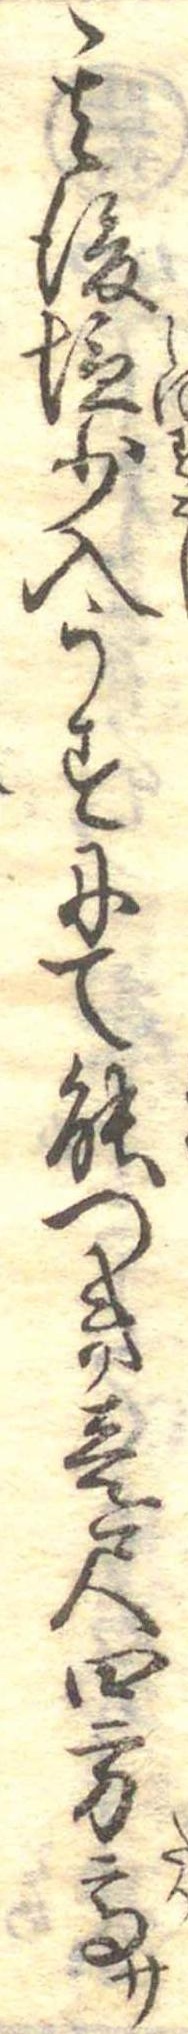
其後塩少入うすにて能つき壱尺四方高さ